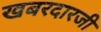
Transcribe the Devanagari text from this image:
खबरदारजी